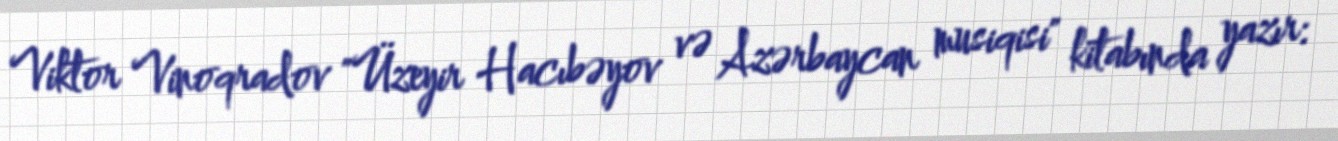
Viktor Vinoqradov "Üzeyir Hacıbəyov və Azərbaycan musiqisi" kitabında yazır: